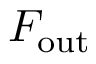
F _ { \mathrm { o u t } }